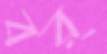
বর্